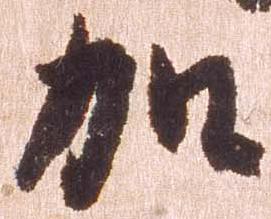
加